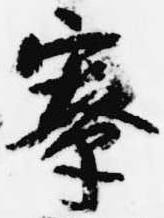
寮